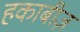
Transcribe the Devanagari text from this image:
हकाबीज़